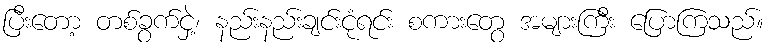
ပြီးတော့ တစ်ခွက်ငှဲ့၊ နည်းနည်းချင်းငုံရင်း စကားတွေ အများကြီး ပြောကြသည်။